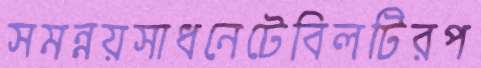
সমন্নয়সাধনেটেবিলটিরপ